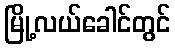
မြို့လယ်ခေါင်တွင်